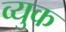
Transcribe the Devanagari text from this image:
व्युक